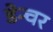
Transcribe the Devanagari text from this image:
डेन्चर